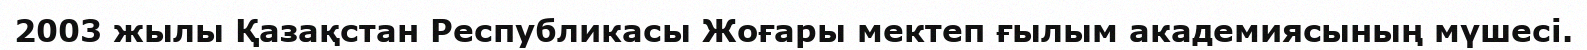
2003 жылы Қазақстан Республикасы Жоғары мектеп ғылым академияcының мүшесі.